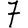
Digit: 7